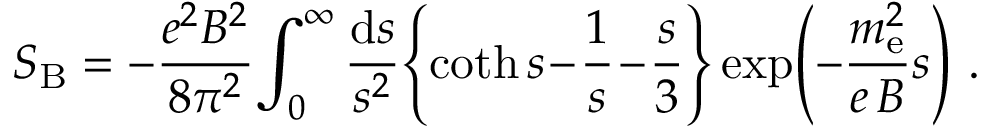
S _ { \mathrm { B } } = - \frac { e ^ { 2 } B ^ { 2 } } { 8 \pi ^ { 2 } } \! \int _ { 0 } ^ { \infty } \frac { \mathrm { d } s } { s ^ { 2 } } \! \left\{ \coth s \! - \! \frac { 1 } { s } \! - \! \frac { s } { 3 } \right\} \exp \! \left( - \frac { m _ { \mathrm { e } } ^ { 2 } } { e \, B } s \right) \, .